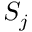
S _ { j }